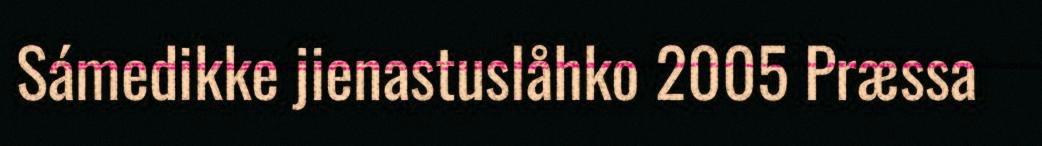
Sámedikke jienastuslåhko 2005 Præssa